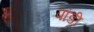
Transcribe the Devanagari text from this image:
पांडी